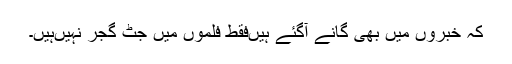
کہ خبروں میں بھی گانے آگئے ہیںفقط فلموں میں جٹ گجر نہیںہیں۔